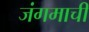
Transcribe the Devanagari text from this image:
जंगमाची